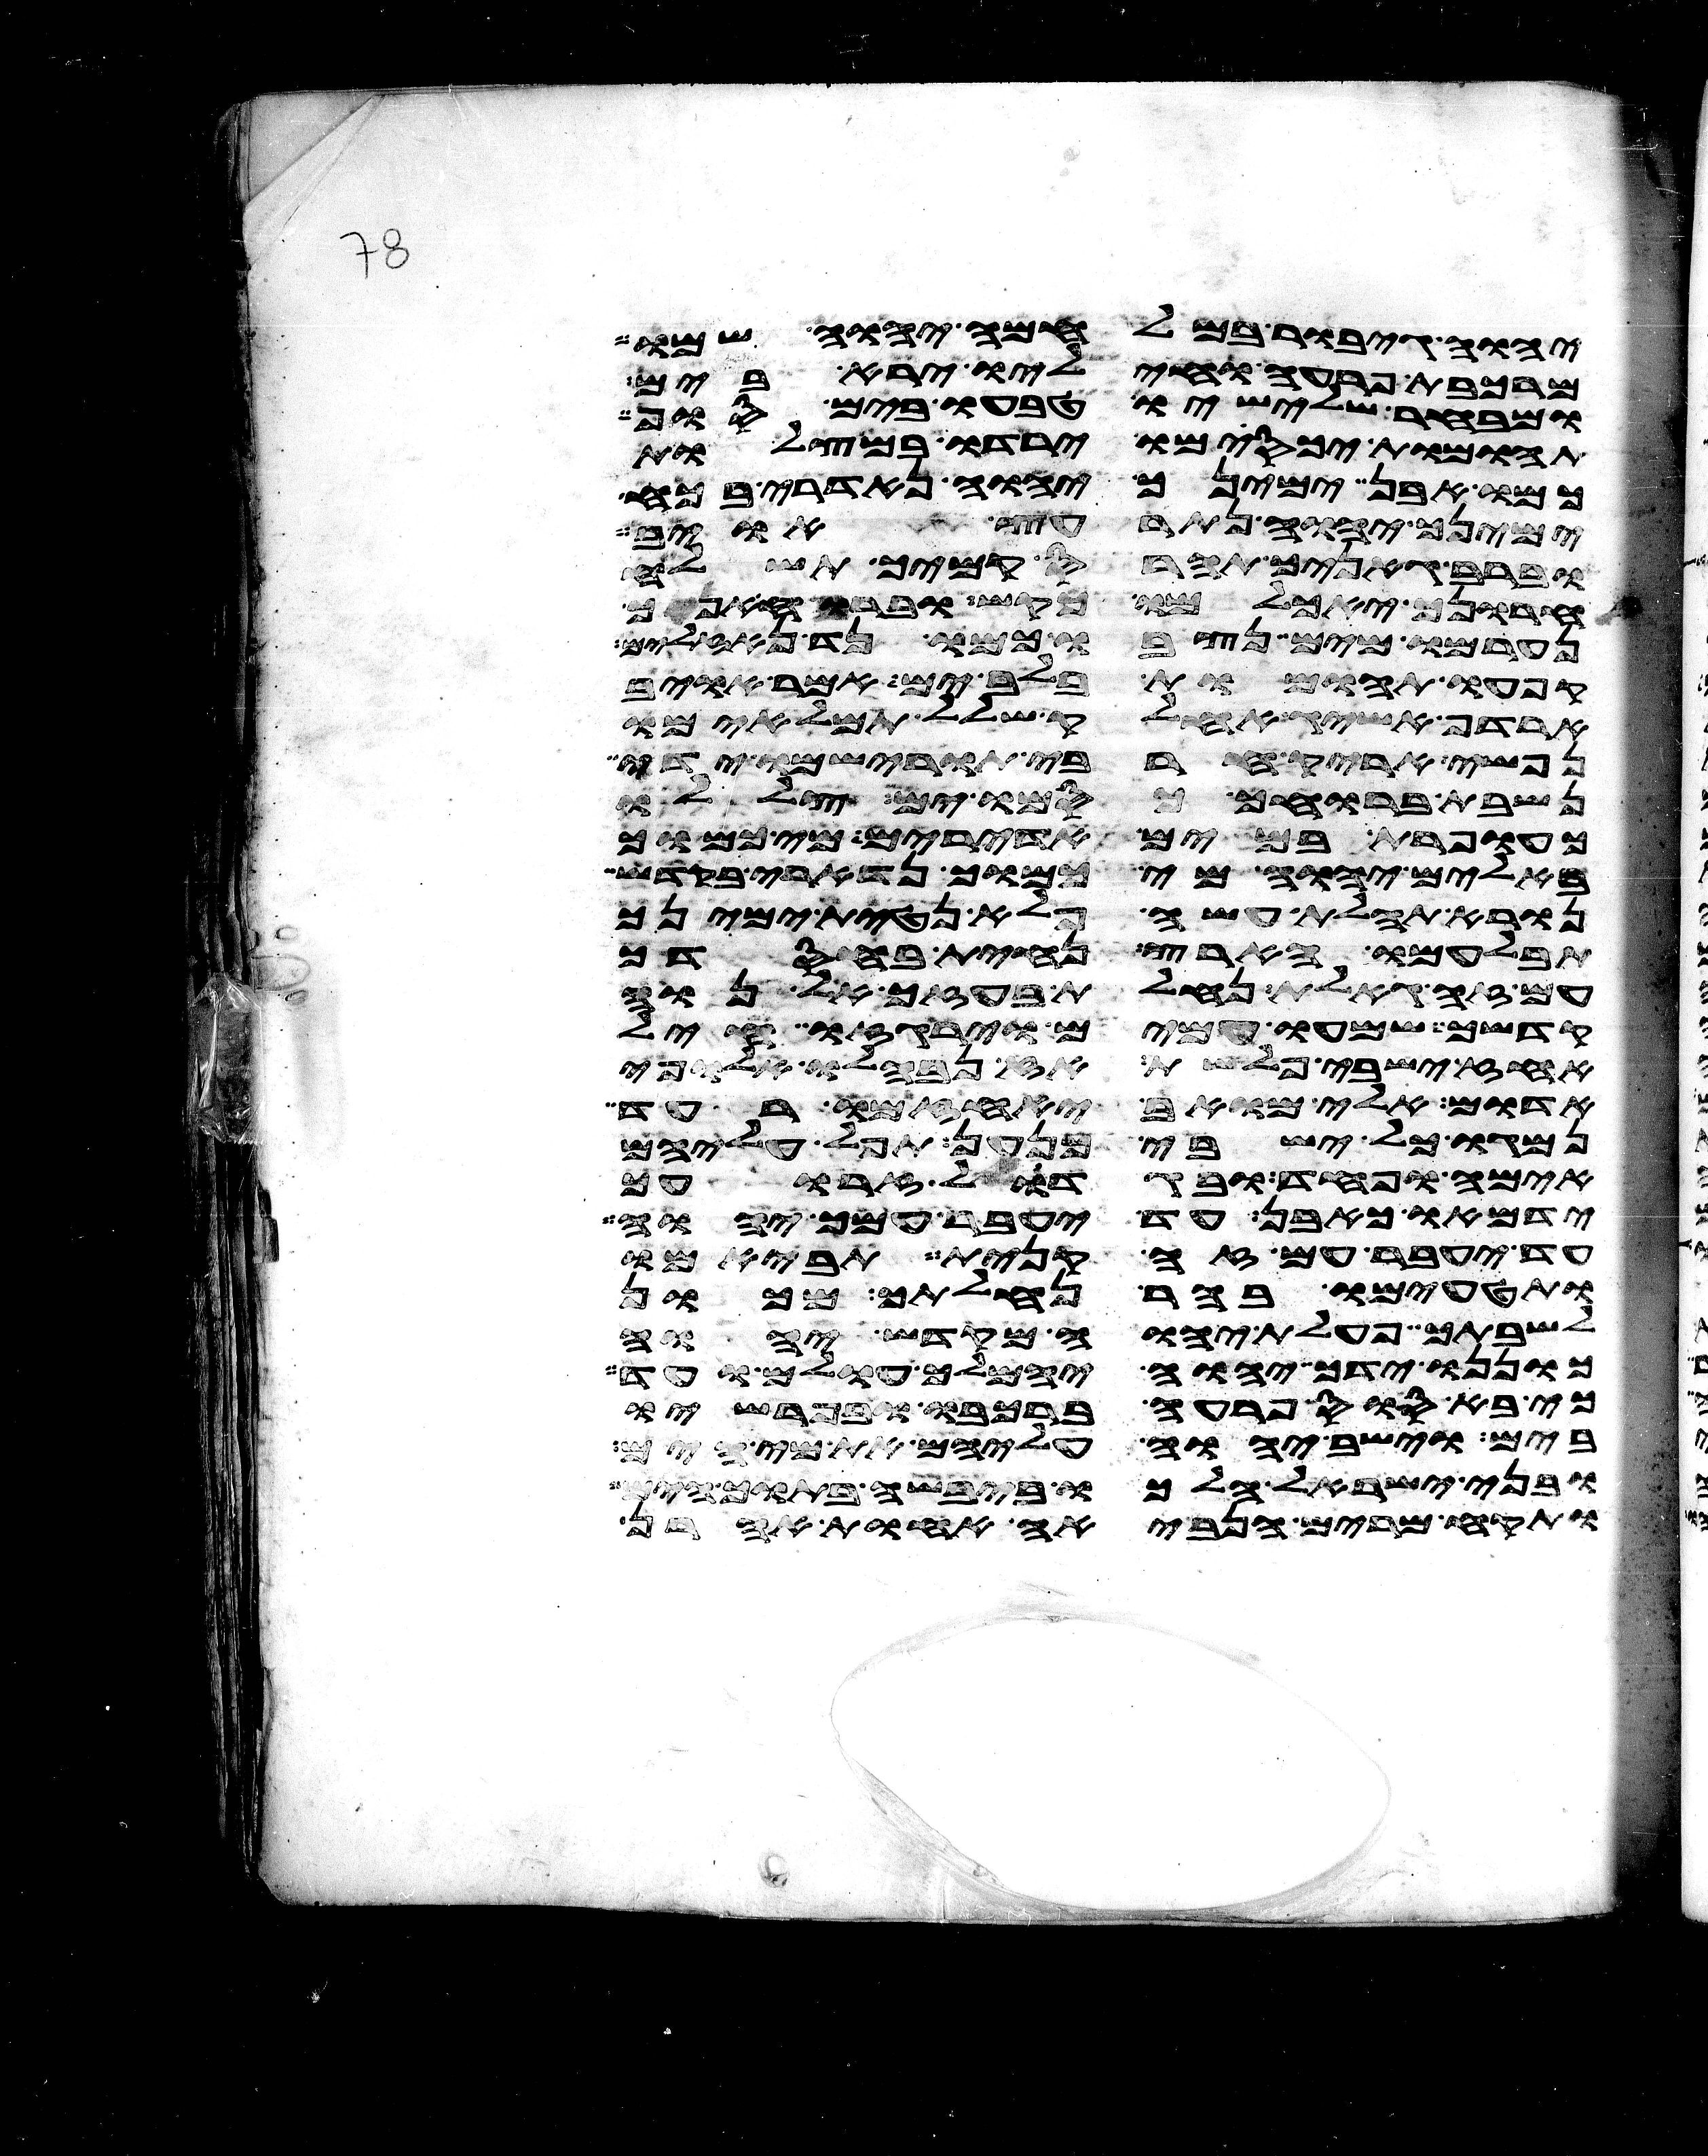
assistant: יהוה גיבור במלחמה יהוה שמו
מרכבת פרעה וחיליו ירא בים
ומבחר שלישיו טבעו בים סוף
תהומות יכסמו ירדו במצלות
כמו אבן ימינך יהוה נדארי בכח
ימינך יהוה תרעץ אויב
וברב גאניך תהרס קמיך תשלח
חרונך יאכלמו כקש וברוח אפך
נערמו מים נצבו כמו נד נזלים
קפאו תהומות בלב ים אמר אויב
ארדף אשיג אחלק שלל תמלאמו
נפשי אריק חרבי תורישמו ידי
נשבת ברוחך כסמו ים צללו
כעופרת במים אדירים מי כמוך
באלים יהוה מי כמוך נדארי בקדש
נורא תהלת עשה פלאה נטית ימינך
תבלעמו הארץ נחית בחסדך
עם זה גאלת נחלת בעזך אל נוה
קדשך שמעו עמים וירגזו חיל
אחז ישבי פלשת אז נבהלו אלופי
אדום אילי מואב יאחזמו רעד
נמגו כל ישבי כנען תפל עליהם
אימה ופחד ובגדול זרועך
ידמאו כאבן עד יעבר עמך יהוה
עד יעבר עם זה קנית תביאמו
ותטעמו בהר נחלתך מכון
לשבתך פעלת יהוה מקדש יהוה
כוננו ידך יהוה ימלך עולם ועוד
כי בא סוס פרעה ברכבו ובפרשיו
בים וישב יהוה עליהם את מי הים
ובני ישראל הלכו ביבשה בתוך הים
ותקח מרים הנביאה אחות אהרן